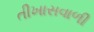
તીખાસવાળી